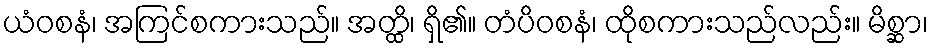
ယံဝစနံ၊ အကြင်စကားသည်။ အတ္ထိ၊ ရှိ၏။ တံပိဝစနံ၊ ထိုစကားသည်လည်း။ မိစ္ဆာ၊